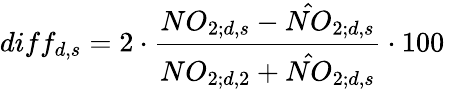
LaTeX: diff_{d,s}=2\cdot\frac{NO_{2;d,s}-\hat{NO}_{2;d,s}}{NO_{2;d,2}+\hat{NO}_{2;d,s}}\cdot 100\